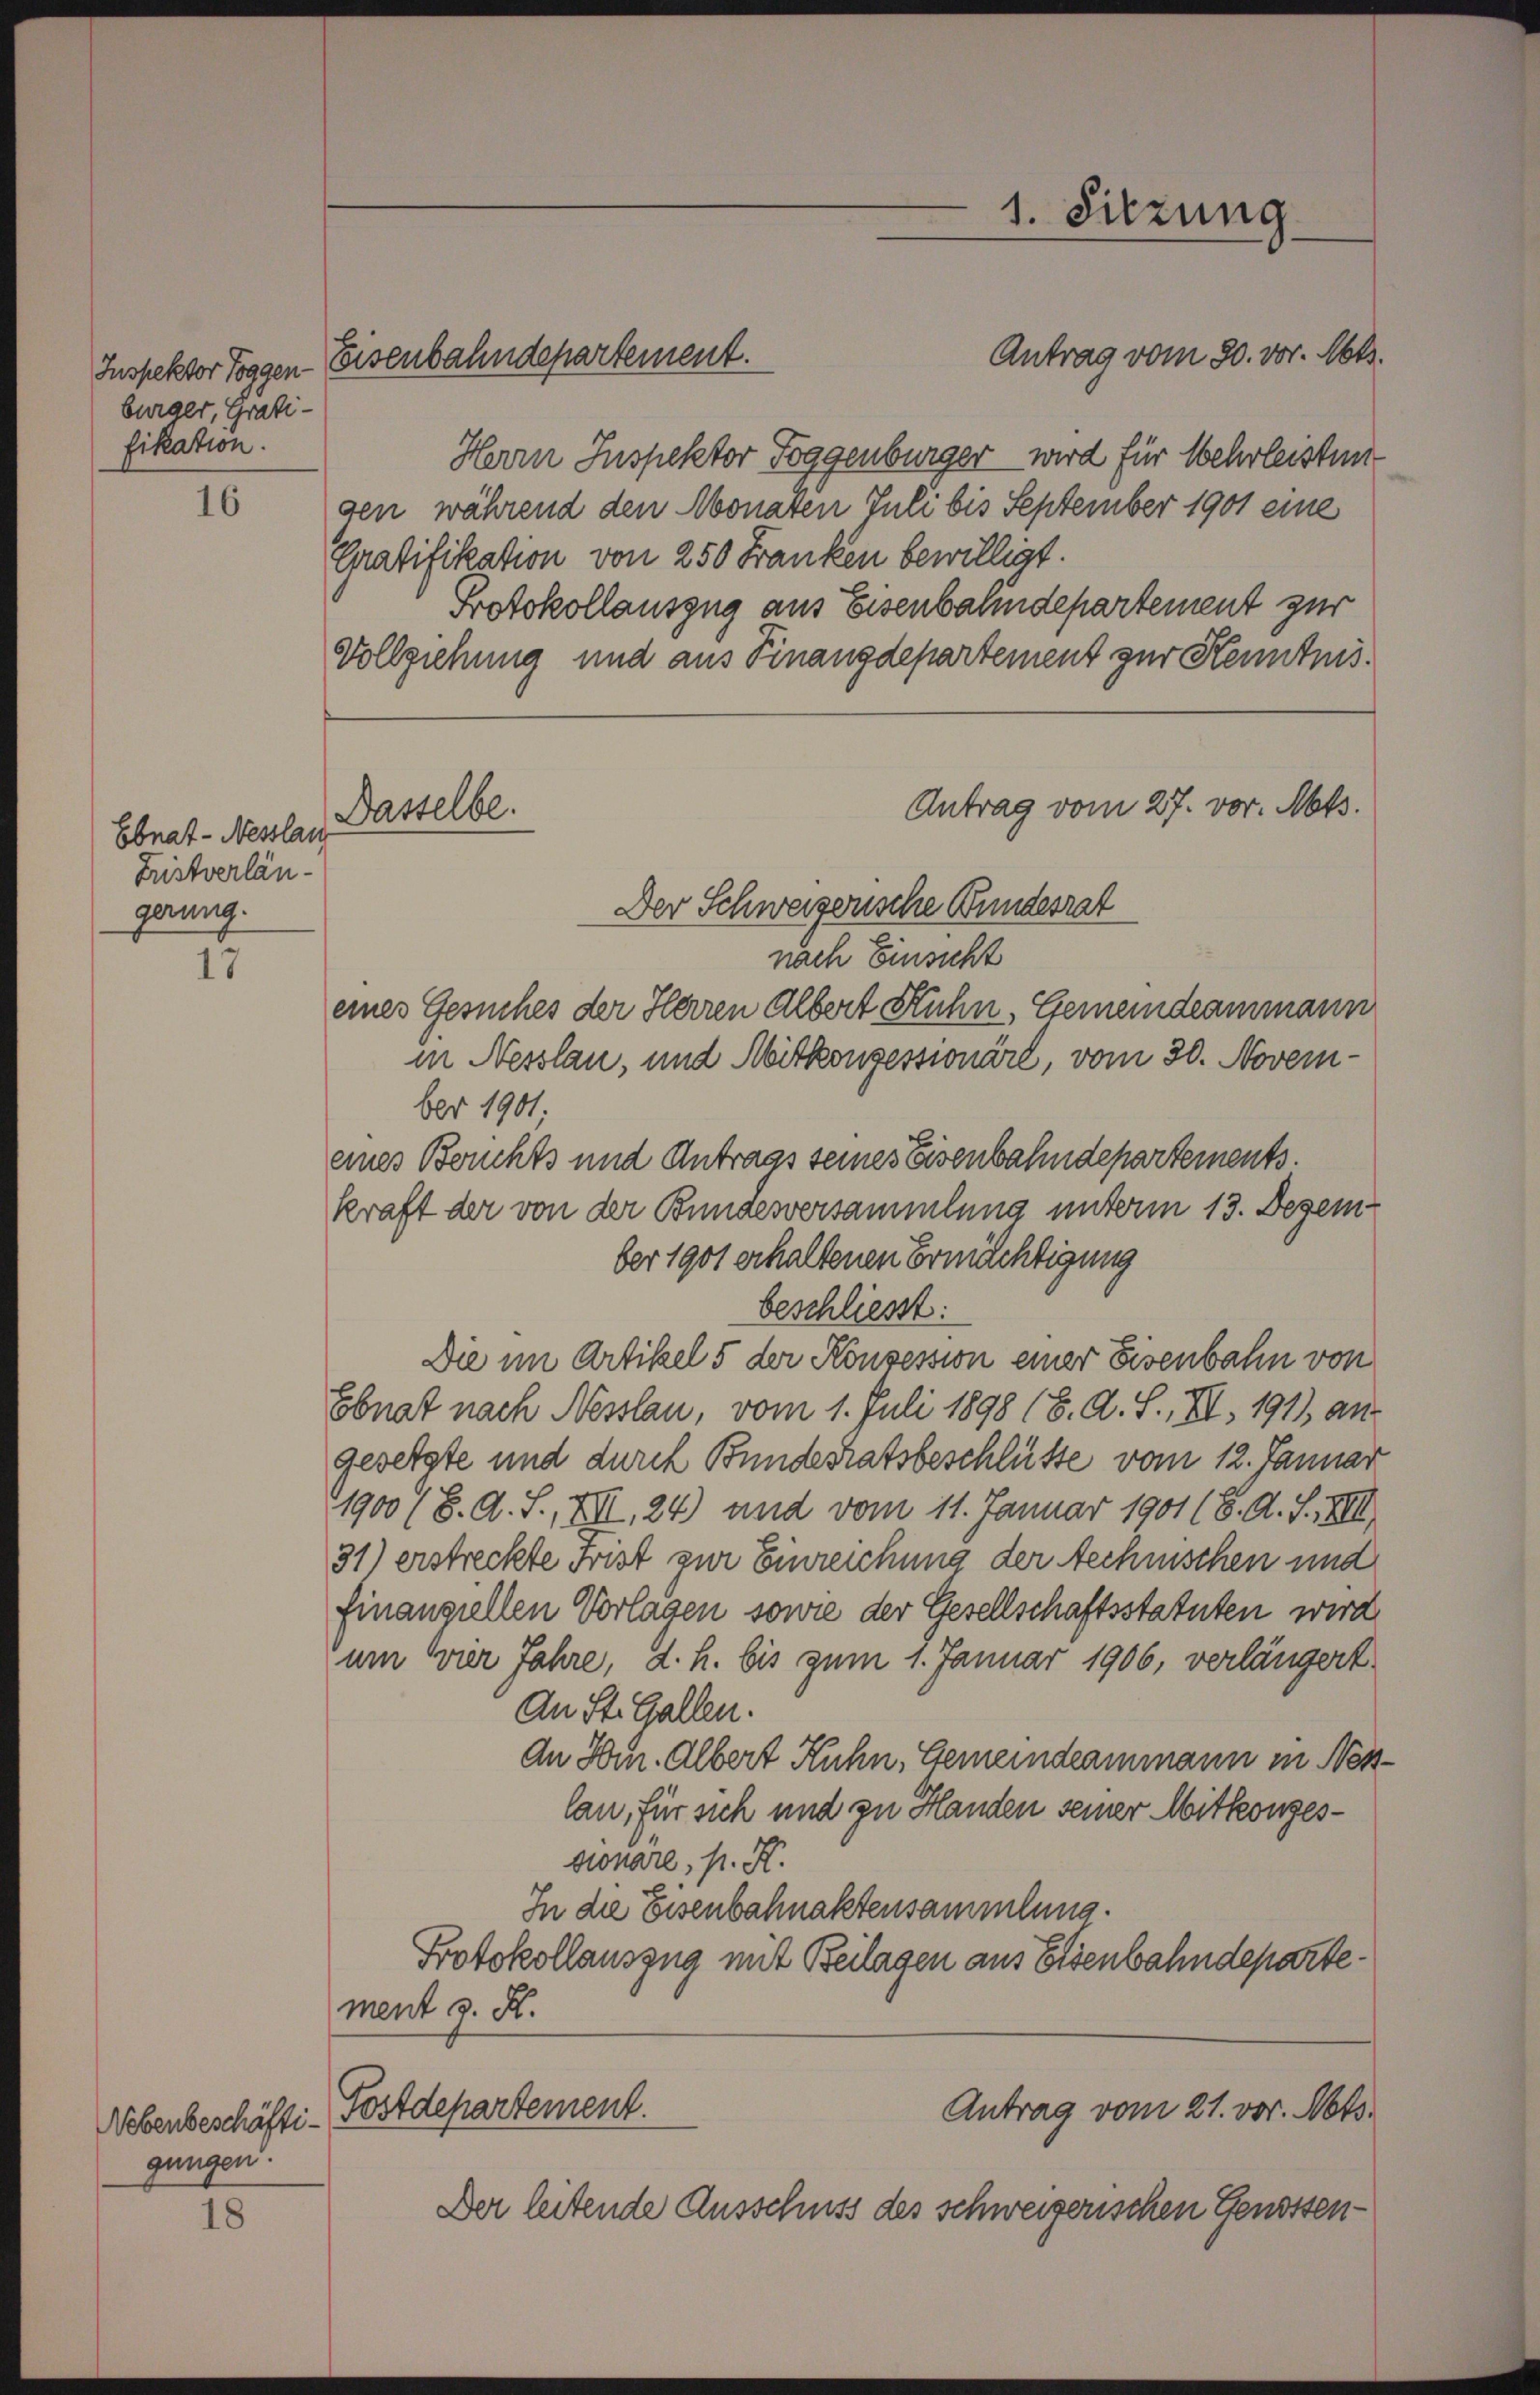
burger, Gratifikation.

16

Ebnat-Nesslan
Fristverlängerung.

17

gungen.

18

Herrn Inspektor Poggenburger wird für Wehrleistun
gen, während den Monaten Juli bis September 1901 eine
Gratifikation von 250 Franken bewilligt.
Protokollauszug aus Eisenbahndepartement zur
Vollziehung und aus Finanzdepartement zur Kenntnis.
Der Schweizerische Bundesrat
nach Einsicht
eines Gesuches der Herren Albert Stuhn, Gemeindeammann
in Nesslau, und Mitkonzessionäre, vom 30. November 1901.
eines Bruchts und Antrags seines Eisenbahndepartements.
kraft der von der Bundesversammlung unterm 13. Dezem-
ber 1901 erhaltenen Ermächtigung
beschließt:
Die im Artikel 5 der Konsession einer Eisenbahn von
Ebnat nach Nesslau, vom 1. Juli 1898 (8. A. L., VII. 1911, an
gesetzte und durch Bundesratsbeschlüsse vom 12. Januar
1900 (8. A. S., XIII, 24) und vom 11. Januar 1901 (6. A. S., XIII
31) erstreckte Frist zur Einreichung der technischen und
finanziellen Vorlagen sowie der Gesellschaftsstatuten wird
um vier Jahre, d. h. bis zum 1. Januar 1906, verlängert
An St. Gallen.
An Hur. Albert Kuhn, Gemeindeammann in Neslan, für sich und zu Handen seiner Mitkonzessionare, p. K.
In die Eisenbahnaktensammlung.
Protokollauszug mit Beilagen aus Eisenbahndeparte.
ment J. K.

Inspektor Toggen Eisenbahndepartement.

Dasselbe.

1. Sitzung
Antrag vom 30. vor. Mts.

Antrag vom 27. vor. Mts.

Antrag vom 21. vor. Mts.
Nebenbeschäfti-Postdepartement.
Der leitende Ausschuss des schweizerischen Genossen¬